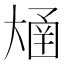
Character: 𫯴